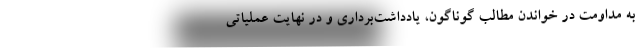
به مداومت در خواندن مطالب گوناگون، یادداشت‌برداری و در نهایت عملیاتی